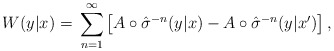
\begin{align*} W(y|x)=\, \sum_{n=1}^\infty \left[ A \circ \hat{\sigma}^{-n}(y|x) - A \circ \hat{\sigma}^{-n}(y|x') \right],\end{align*}